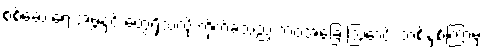
စစ်ဆေးရေးအဖွဲ့နှင့် တွေရှိသလို ကိုက်ခဲသည့် ဘဝအခြေ ဩောင်း တစ်နှစ်ကြာမှ